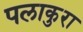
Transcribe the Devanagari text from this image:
पलाकुरा